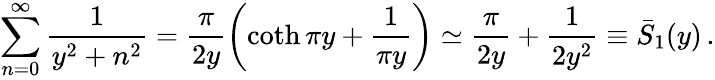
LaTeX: \sum_{n=0}^{\infty}\frac{1}{y^{2}+n^{2}}=\frac{\pi}{2y}\left(\coth\pi y+\frac{1}{\pi y}\right)\simeq\frac{\pi}{2y}+\frac{1}{2y^{2}}\equiv\bar{S}_{1}(y)\, {.}